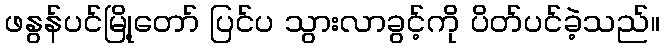
ဖနွန်ပင်မြို့တော် ပြင်ပ သွားလာခွင့်ကို ပိတ်ပင်ခဲ့သည်။